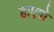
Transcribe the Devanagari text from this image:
हाएगो